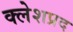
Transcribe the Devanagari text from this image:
क्लेशप्रद